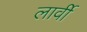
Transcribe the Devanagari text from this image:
लार्वी